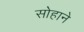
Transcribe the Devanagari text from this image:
सोहाने